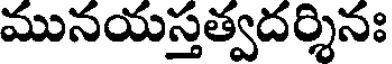
మునయస్తత్వదర్శినః